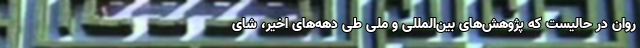
روان در حالیست که پژوهش‌های بین‌المللی و ملی طی دهه‌های اخیر، شای